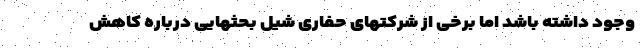
وجود داشته باشد اما برخی از شرکتهای حفاری شیل بحثهایی درباره کاهش